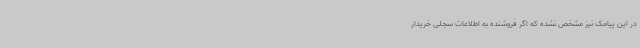
در این پیامک نیز مشخص نشده که اگر فروشنده به اطلاعات سجلی خریدار